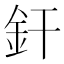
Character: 釬